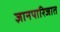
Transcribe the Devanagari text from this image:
ज्ञानपारिजात